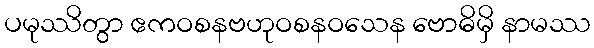
ပမုဿိတွာ ဧကဝစနဗဟုဝစနဝသေန ဗောဓိမှိ နာမဿ